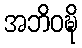
အဘိဝဍ္ဎိ